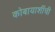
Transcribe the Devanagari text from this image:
कोबायाशींची